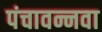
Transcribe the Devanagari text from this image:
पंचावन्नवा